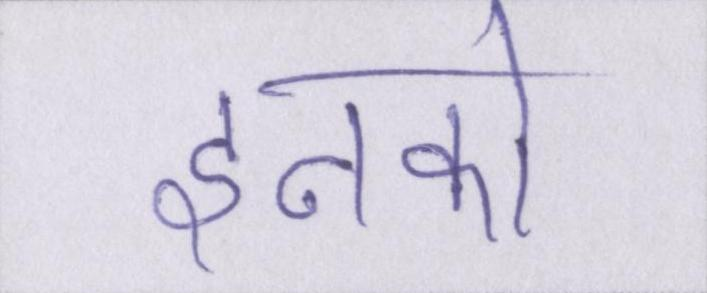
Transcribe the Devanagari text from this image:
इनको